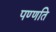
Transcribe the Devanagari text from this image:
पण्णति